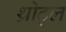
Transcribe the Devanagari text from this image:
थ्रोट्ल